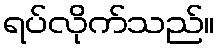
ရပ်လိုက်သည်။